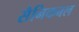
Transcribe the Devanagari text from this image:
सैनिकबल